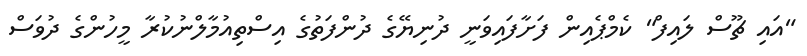
"އައި ޗޫސް ލައިފް" ކެމްޕެއިން ފަށާފައިވަނީ ދުނިޔޭގެ ދުންފަތުގެ އިސްތިއުމާލްނުކުރާ މީހުންގެ ދުވަސް